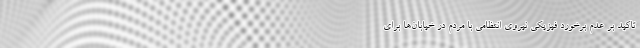
تاکید بر عدم برخورد فیزیکی نیروی انتظامی با مردم در خیابان‌ها برای